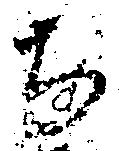
道